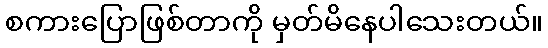
စကားပြောဖြစ်တာကို မှတ်မိနေပါသေးတယ်။